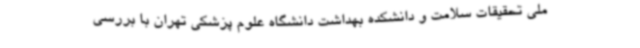
ملی تحقیقات سلامت و دانشکده بهداشت دانشگاه علوم پزشکی تهران با بررسی